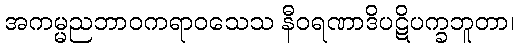
အကမ္မညဘာဝကရာဝသေသ နီဝရဏာဒိပဋိပက္ခဘူတာ၊